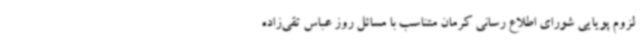
لزوم پویایی شورای اطلاع رسانی کرمان متناسب با مسائل روز عباس تقی‌زاده